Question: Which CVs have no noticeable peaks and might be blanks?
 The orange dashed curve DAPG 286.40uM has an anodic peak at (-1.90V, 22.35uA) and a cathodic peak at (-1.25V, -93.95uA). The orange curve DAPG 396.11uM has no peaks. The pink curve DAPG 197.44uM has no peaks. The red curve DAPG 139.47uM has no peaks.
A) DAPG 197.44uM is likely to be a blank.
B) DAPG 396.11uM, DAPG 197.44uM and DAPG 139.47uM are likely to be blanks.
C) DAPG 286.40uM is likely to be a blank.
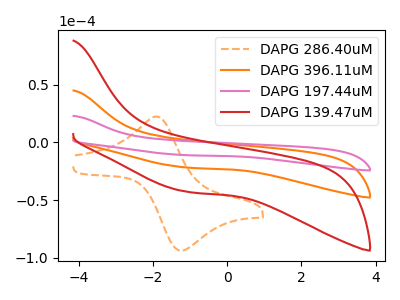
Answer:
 <answer>B) "DAPG 396.11uM", "DAPG 197.44uM" and "DAPG 139.47uM" are likely to be blanks.</answer>
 <eval>B</eval>